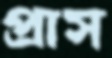
প্রাস